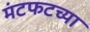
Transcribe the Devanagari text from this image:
मंटफटच्या